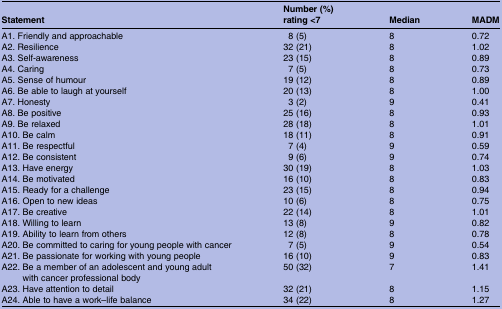
<table><thead><tr><td><b>Statement</b></td><td><b>Number (%) rating &lt;7</b></td><td><b>Median</b></td><td><b>MADM</b></td></tr></thead><tbody><tr><td>A1. Friendly and approachable</td><td>8 (5)</td><td>8</td><td>0.72</td></tr><tr><td>A2. Resilience</td><td>32 (21)</td><td>8</td><td>1.02</td></tr><tr><td>A3. Self-awareness</td><td>23 (15)</td><td>8</td><td>0.89</td></tr><tr><td>A4. Caring</td><td>7 (5)</td><td>8</td><td>0.73</td></tr><tr><td>A5. Sense of humour</td><td>19 (12)</td><td>8</td><td>0.89</td></tr><tr><td>A6. Be able to laugh at yourself</td><td>20 (13)</td><td>8</td><td>1.00</td></tr><tr><td>A7. Honesty</td><td>3 (2)</td><td>9</td><td>0.41</td></tr><tr><td>A8. Be positive</td><td>25 (16)</td><td>8</td><td>0.93</td></tr><tr><td>A9. Be relaxed</td><td>28 (18)</td><td>8</td><td>1.01</td></tr><tr><td>A10. Be calm</td><td>18 (11)</td><td>8</td><td>0.91</td></tr><tr><td>A11. Be respectful</td><td>7 (4)</td><td>9</td><td>0.59</td></tr><tr><td>A12. Be consistent</td><td>9 (6)</td><td>9</td><td>0.74</td></tr><tr><td>A13. Have energy</td><td>30 (19)</td><td>8</td><td>1.03</td></tr><tr><td>A14. Be motivated</td><td>16 (10)</td><td>8</td><td>0.83</td></tr><tr><td>A15. Ready for a challenge</td><td>23 (15)</td><td>8</td><td>0.94</td></tr><tr><td>A16. Open to new ideas</td><td>10 (6)</td><td>8</td><td>0.75</td></tr><tr><td>A17. Be creative</td><td>22 (14)</td><td>8</td><td>1.01</td></tr><tr><td>A18. Willing to learn</td><td>13 (8)</td><td>9</td><td>0.82</td></tr><tr><td>A19. Ability to learn from others</td><td>12 (8)</td><td>8</td><td>0.78</td></tr><tr><td>A20. Be committed to caring for young people with cancer</td><td>7 (5)</td><td>9</td><td>0.54</td></tr><tr><td>A21. Be passionate for working with young people</td><td>16 (10)</td><td>9</td><td>0.83</td></tr><tr><td>A22. Be a member of an adolescent and young adult with cancer professional body</td><td>50 (32)</td><td>7</td><td>1.41</td></tr><tr><td>A23. Have attention to detail</td><td>32 (21)</td><td>8</td><td>1.15</td></tr><tr><td>A24. Able to have a work–life balance</td><td>34 (22)</td><td>8</td><td>1.27</td></tr></tbody></table>